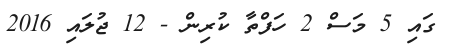
ގައި 5 މަސް 2 ހަފްތާ ކުރިން - 12 ޖުލައި 2016